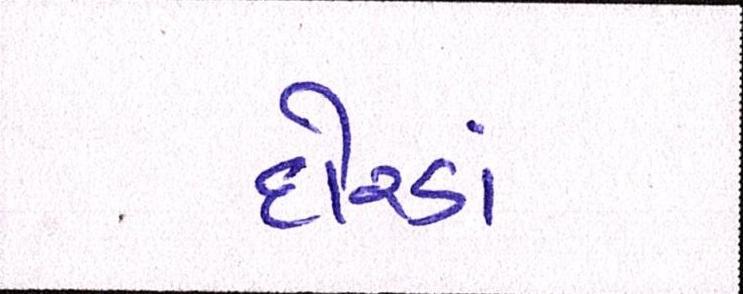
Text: દોરડાં